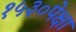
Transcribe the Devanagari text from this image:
१५३०पेक्षा